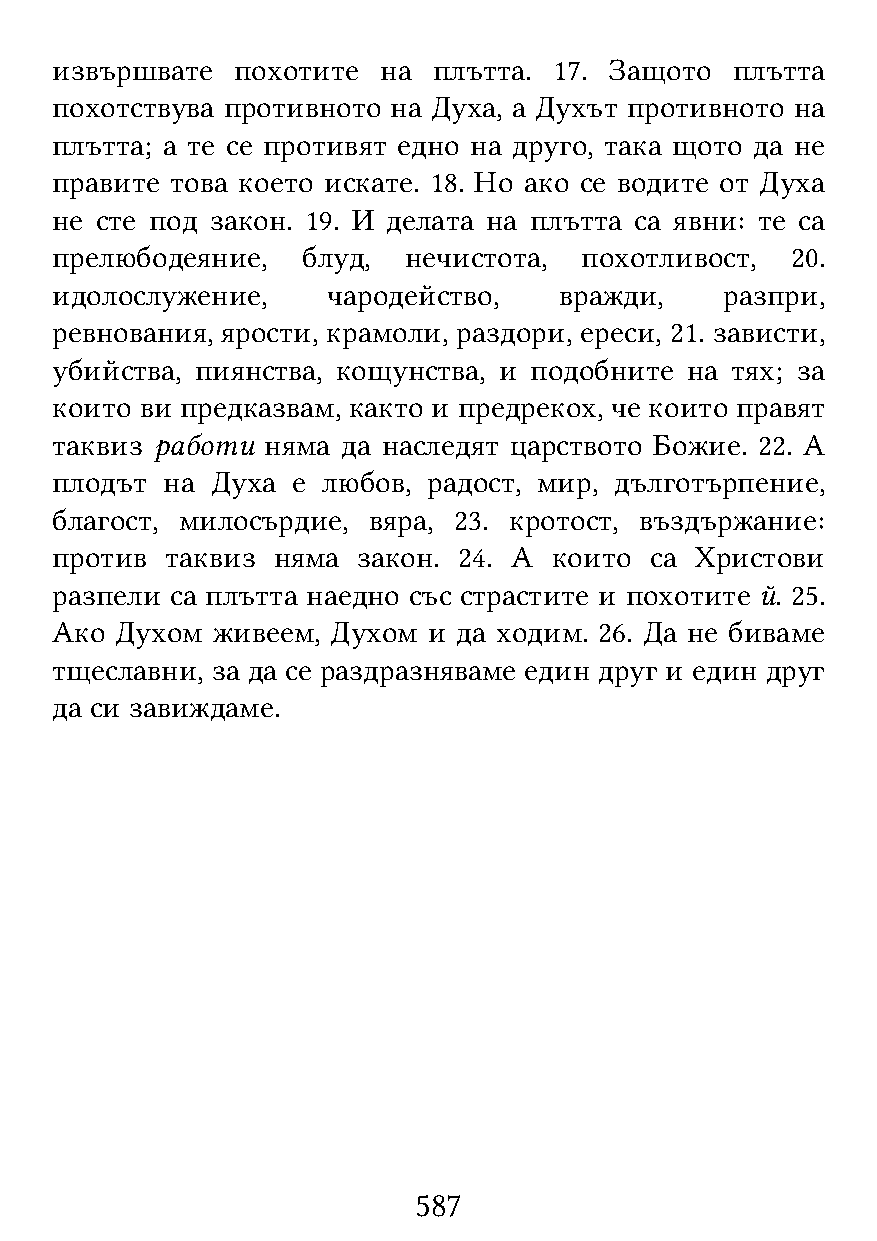
извършвате   похотите на  плътта. 17. Защото  плътта
 похотствува противното на Духа, а Духът противното на
 плътта; а те се противят едно на друго, така щото да не
 правите това което искате. 18. Но ако се водите от Духа
 не сте под закон. 19. И делата на плътта са явни: те са
 прелюбодеяние,   блуд,  нечистота, похотливост,  20.
 идолослужение,     чародейство,   вражди,    разпри,
 ревнования, ярости, крамоли, раздори, ереси, 21. зависти,
 убийства, пиянства, кощунства, и подобните на тях; за
 които ви предказвам, както и предрекох, че които правят
 таквиз работи  няма да наследят царството Божие. 22. А
 плодът  на Духа е любов, радост, мир, дълготърпение,
 благост, милосърдие, вяра, 23. кротост, въздържание:
 против  таквиз няма  закон. 24. А които са Христови
 разпели са плътта наедно със страстите и похотите й. 25.
 Ако  Духом живеем, Духом и да ходим. 26. Да не биваме
 тщеславни, за да се раздразняваме един друг и един друг
 да си завиждаме.
 587